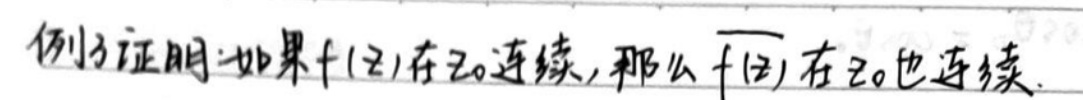
例子证明：如果$f(z)$在$z_0$连续，那么$\overline{f(z)}$在$z_0$也连续。